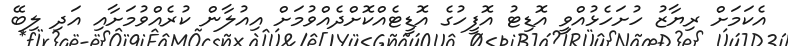
އެކަމަށް ރިޔާޒު ހުށަހެޅުއްވީ އޮޑިޓު އޮފީހުގެ އޮޑީޓެއްކޮށްދެއްވުމަށް އިއުލާން ކުރެއްވުމަށާއި އަދި ލިބޭ